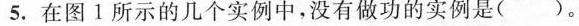
5.在图1所示的几个实例中，没有做功的实例是()。